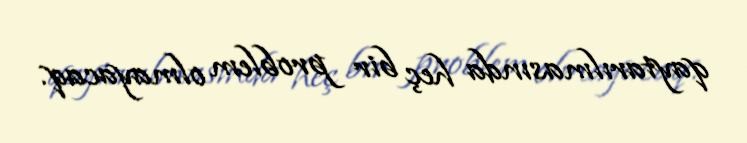
qaytarılmasında heç bir problem olmayacaq.